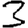
Digit: 3